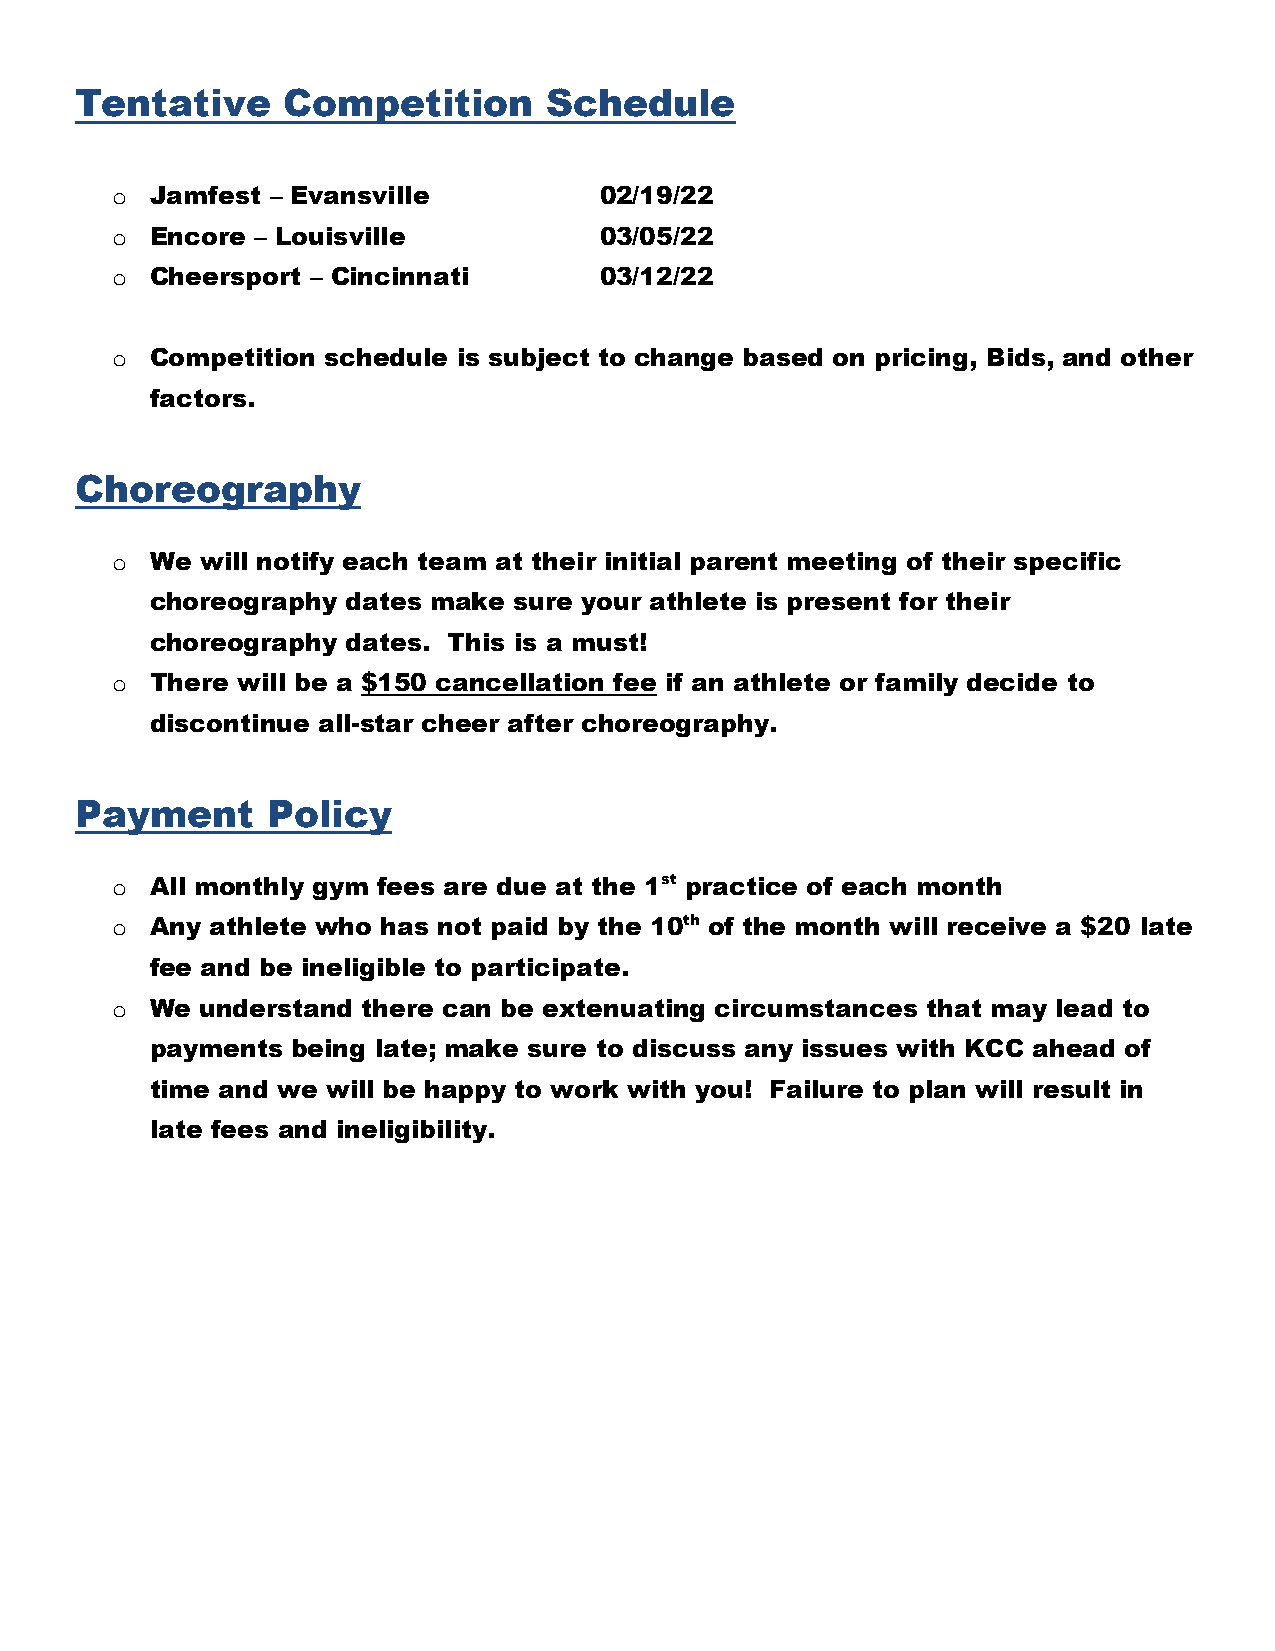
Tentative     Competition      Schedule
 o  Jamfest – Evansville          02/19/22
 o  Encore – Louisville           03/05/22
 o  Cheersport – Cincinnati       03/12/22
 o  Competition schedule is subject to change based on pricing, Bids, and other
 factors.
 Choreography
 o  We will notify each team at their initial parent meeting of their specific
 choreography dates make sure your athlete is present for their
 choreography dates. This is a must!
 o  There will be a $150 cancellation fee if an athlete or family decide to
 discontinue all-star cheer after choreography.
 Payment      Policy
 o  All monthly gym fees are due at the 1st practice of each month
 o  Any athlete who has not paid by the 10th of the month will receive a $20 late
 fee and be ineligible to participate.
 o  We understand there can be extenuating circumstances that may lead to
 payments being late; make sure to discuss any issues with KCC ahead of
 time and we will be happy to work with you! Failure to plan will result in
 late fees and ineligibility.